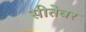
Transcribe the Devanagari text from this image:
सीतेवर